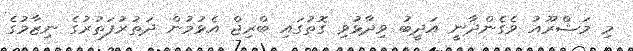
މި މަޝްރޫއު ވެގެންދާނީ އަދީބު ވިދާޅުވި ގޮތުގައި ބްރިޖް އެޅުމުން ދަތުރުފަތުރުގެ ނިޒާމުގެ